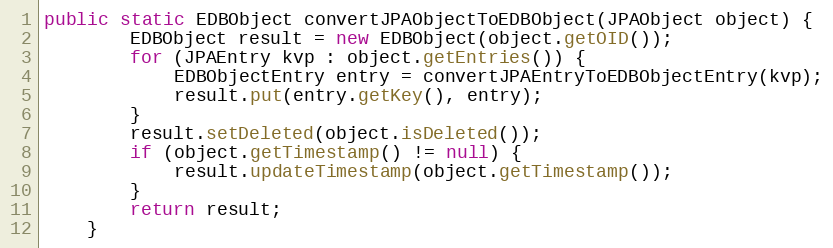
Language: Java
public static EDBObject convertJPAObjectToEDBObject(JPAObject object) {
        EDBObject result = new EDBObject(object.getOID());
        for (JPAEntry kvp : object.getEntries()) {
            EDBObjectEntry entry = convertJPAEntryToEDBObjectEntry(kvp);
            result.put(entry.getKey(), entry);
        }
        result.setDeleted(object.isDeleted());
        if (object.getTimestamp() != null) {
            result.updateTimestamp(object.getTimestamp());
        }
        return result;
    }